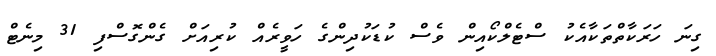
ގިނަ ހަރަކާތްތަކާއެކު ސްޓެލްކޯއިން ވެސް ކުޑަކުދިންގެ ހަވީރެއް ކުރިއަށް ގެންގޮސްފި 31 މިނެޓް